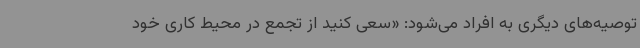
توصیه‌های دیگری به افراد می‌شود: «سعی کنید از تجمع در محیط کاری خود